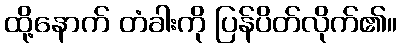
ထို့နောက် တံခါးကို ပြန်ပိတ်လိုက်၏။